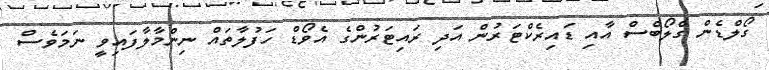
ގޯލްޑެން ގްލޯބްސް އާއި ޑައިރެކްޓަރުން އަދި ރައިޓަރުންގެ އެވޯޑް ހަފުލާތައް ނިންމާލާފައިވީ ނަމަވެސް